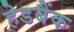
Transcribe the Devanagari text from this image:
हेडबैंक